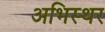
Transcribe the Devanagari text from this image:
अभिस्थर